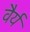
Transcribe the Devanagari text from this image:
वैर्य